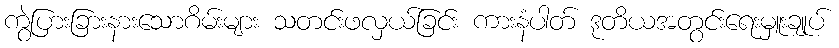
ကွဲပြားခြားနားသောဂိမ်းများ သတင်းဖလှယ်ခြင်း ကားနံပါတ် ဒုတိယအတွင်းရေးမှူးချုပ်